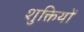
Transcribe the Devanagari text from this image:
शुक्तियों